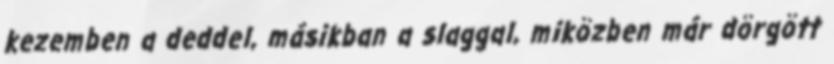
kezemben a deddel, másikban a slaggal, miközben már dörgött